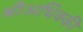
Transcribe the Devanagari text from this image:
श्रीअधिक्की